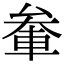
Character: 軬